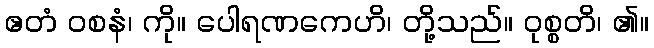
ဧတံ ဝစနံ၊ ကို။ ပေါရဏကေဟိ၊ တို့သည်။ ဝုစ္စတိ၊ ၏။